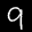
Label: 9